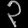
Digit: ၃